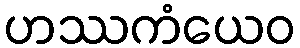
ဟဿကံယေဝ